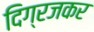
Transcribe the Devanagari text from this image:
दिग्रजकर